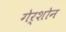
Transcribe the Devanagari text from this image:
गेर्शोन